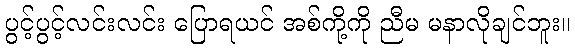
ပွင့်ပွင့်လင်းလင်း ပြောရယင် အစ်ကို့ကို ညီမ မနာလိုချင်ဘူး။